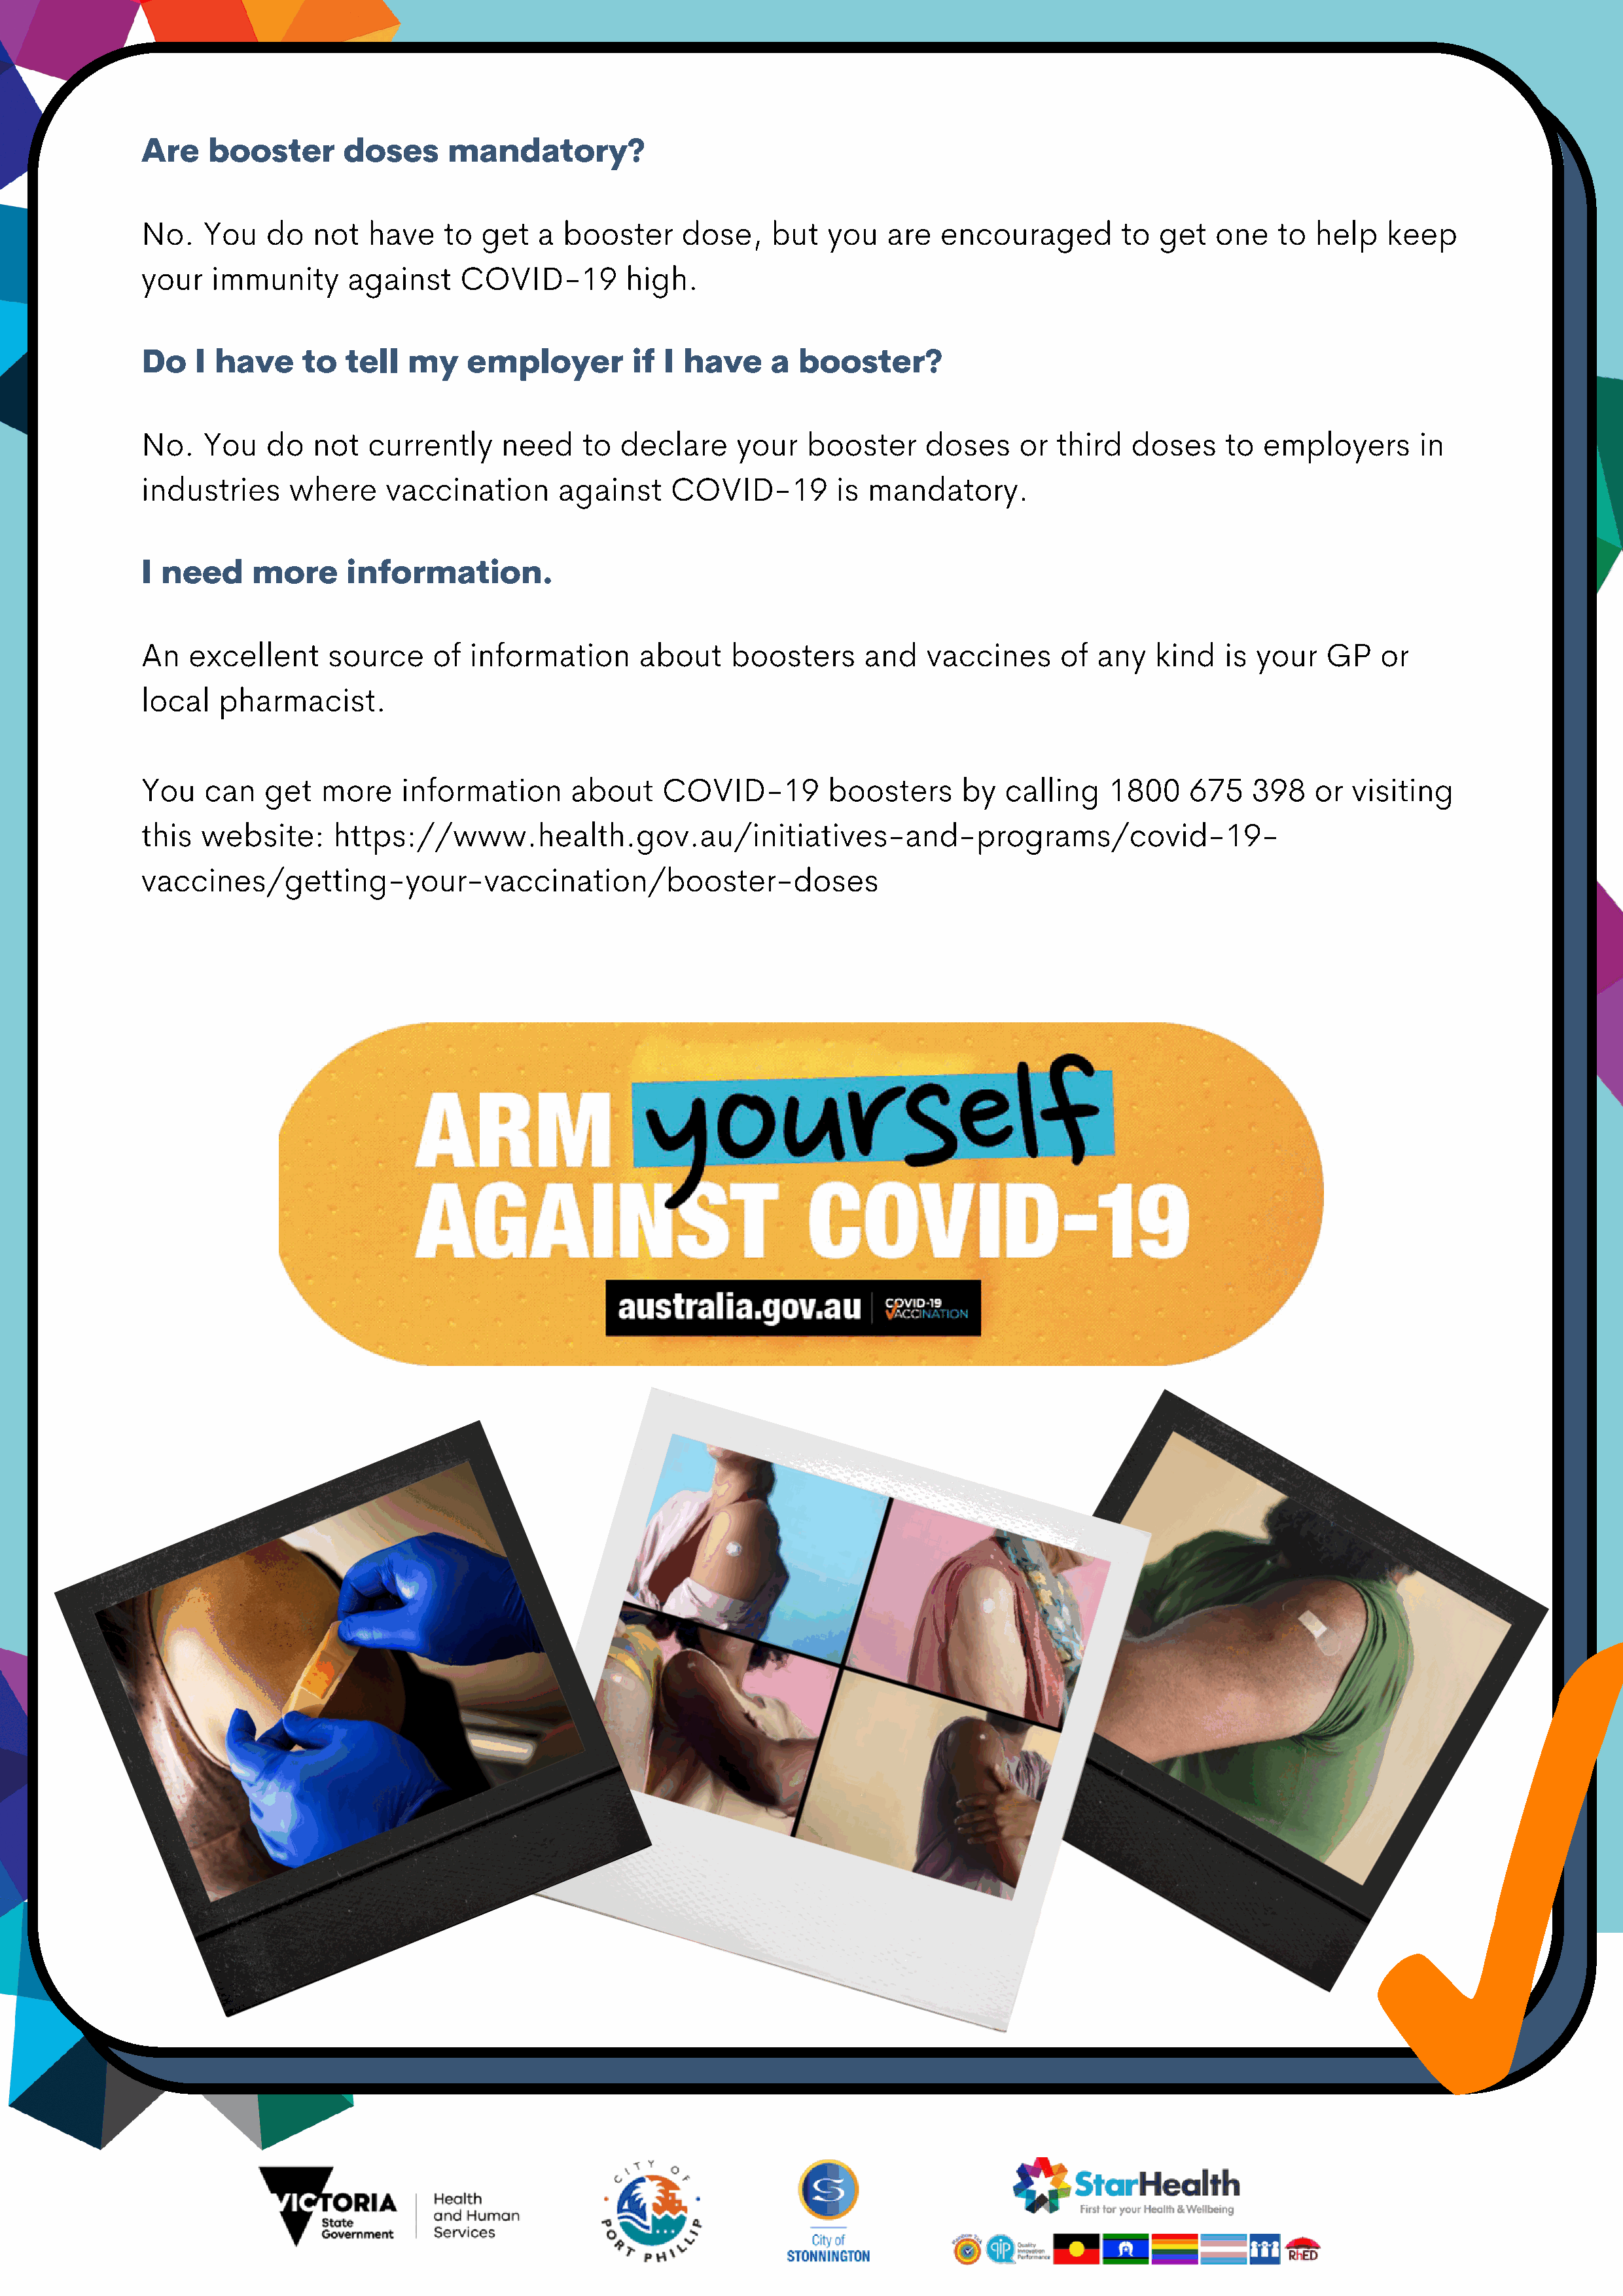
Are    booster       doses     mandatory?
 No.    You   do   not  have    to  get  a  booster     dose,    but   you   are  encouraged         to get   one   to  help   keep
 your   immunity      against     COVID-19        high.
 Do    I have     to  tell  my    employer         if I have     a  booster?
 No.    You   do   not  currently     need    to  declare     your   booster     doses    or  third   doses    to  employers       in
 industries     where     vaccination      against     COVID-19         is mandatory.
 I need     more      information.
 An   excellent     source     of  information      about    boosters     and    vaccines     of  any   kind   is your   GP    or
 local   pharmacist.
 You    can   get  more     information      about    COVID-19         boosters     by   calling   1800    675    398   or  visiting
 this  website:      https://www.health.gov.au/initiatives-and-programs/covid-19-
 vaccines/getting-your-vaccination/booster-doses